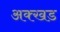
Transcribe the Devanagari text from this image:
अक्खड